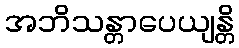
အဘိသန္တာပေယျန္တိ